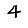
Digit: 4